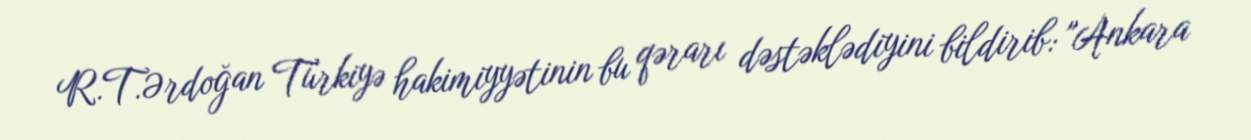
R.T.Ərdoğan Türkiyə hakimiyyətinin bu qərarı dəstəklədiyini bildirib: "Ankara